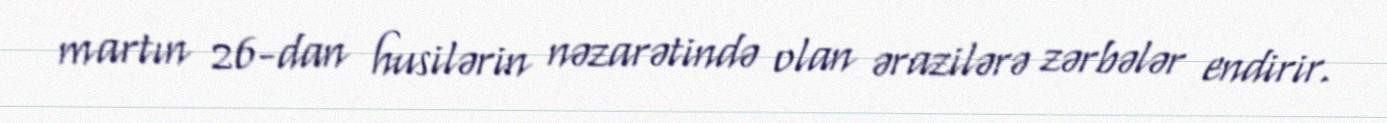
martın 26-dan husilərin nəzarətində olan ərazilərə zərbələr endirir.